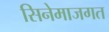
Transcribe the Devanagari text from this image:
सिनेमाजगत